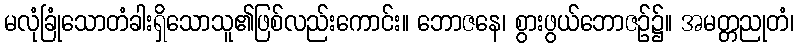
မလုံခြုံသောတံခါးရှိသောသူ၏ဖြစ်လည်းကောင်း။ ဘောဇနေ၊ စွားဖွယ်ဘောဇဉ်၌။ အမတ္တညုတံ၊